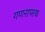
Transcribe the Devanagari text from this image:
गणनापरक